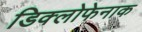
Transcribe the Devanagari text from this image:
डिक्लोफेनाक